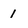
Character: 1